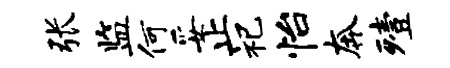
张监何妥止祀怡奔殪